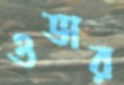
ওভার